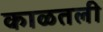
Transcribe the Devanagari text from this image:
काळतली